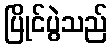
ပြိုင်ပွဲသည်